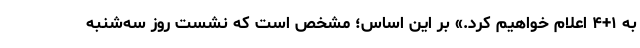
به ۱+۴ اعلام خواهیم کرد.» بر این اساس؛ مشخص است که نشست روز سه‌شنبه